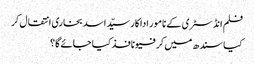
فلم انڈسٹری کے نامور اداکار سیّد اسد بخاری انتقال کر
کیا سندھ میں کرفیو نافذ کیا جائے گا؟